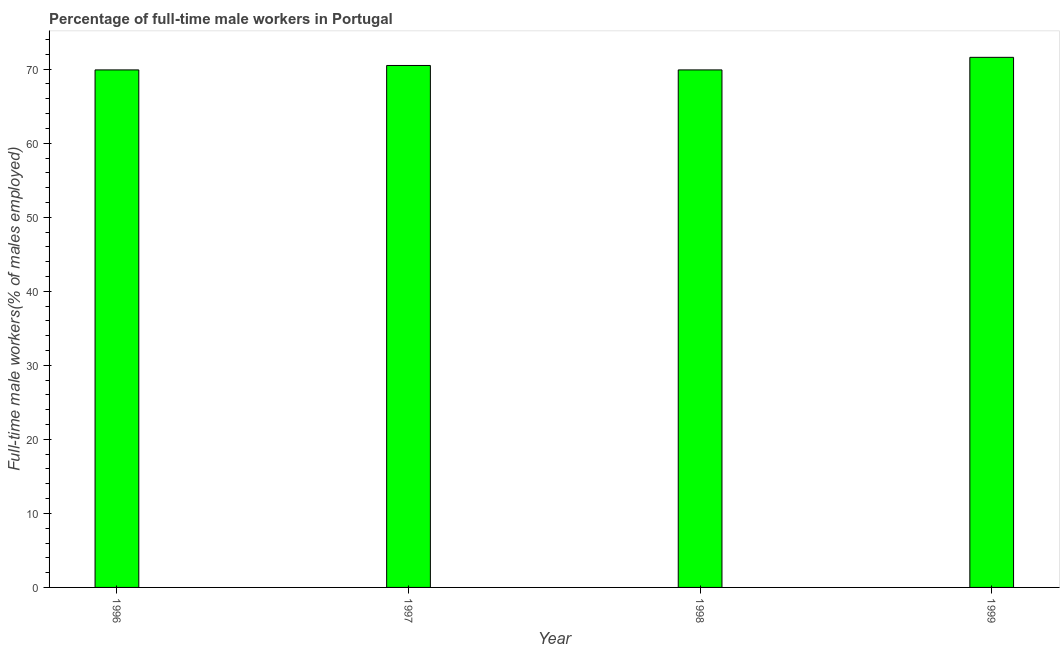
| Year | Wage and salary workers |
 | --- | --- |
 | 1996 | 69.9 |
 | 1997 | 70.5 |
 | 1998 | 69.9 |
 | 1999 | 71.6 |